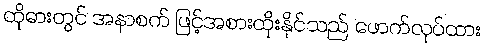
ထိုဓားတွင် အနာစက် ဖြင့်အစားထိုးနိုင်သည် ဖောက်လုပ်ထား